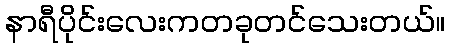
နာရီပိုင်းလေးကတခုတင်သေးတယ်။